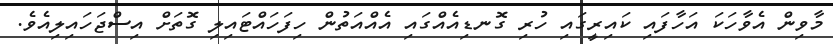
މާވިން އެވާހަކަ އަހާފައި ކައިރީގައި ހުރި ގޮނޑިއެއްގައި އެއްއަތުން ހިފަހައްޓައިލި ގޮތަށް އިސްޖަހައިލިއެވެ.